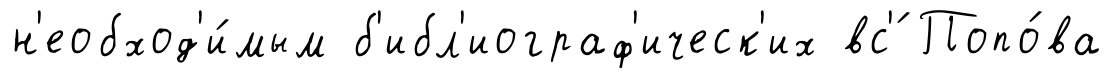
н'еобход'и́мым б'ибл'иограф'ическ'их вс'́ Попо́ва